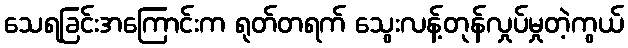
သေရခြင်းအကြောင်းက ရုတ်တရက် သွေးလန့်တုန်လှုပ်မှုတဲ့ကွယ်